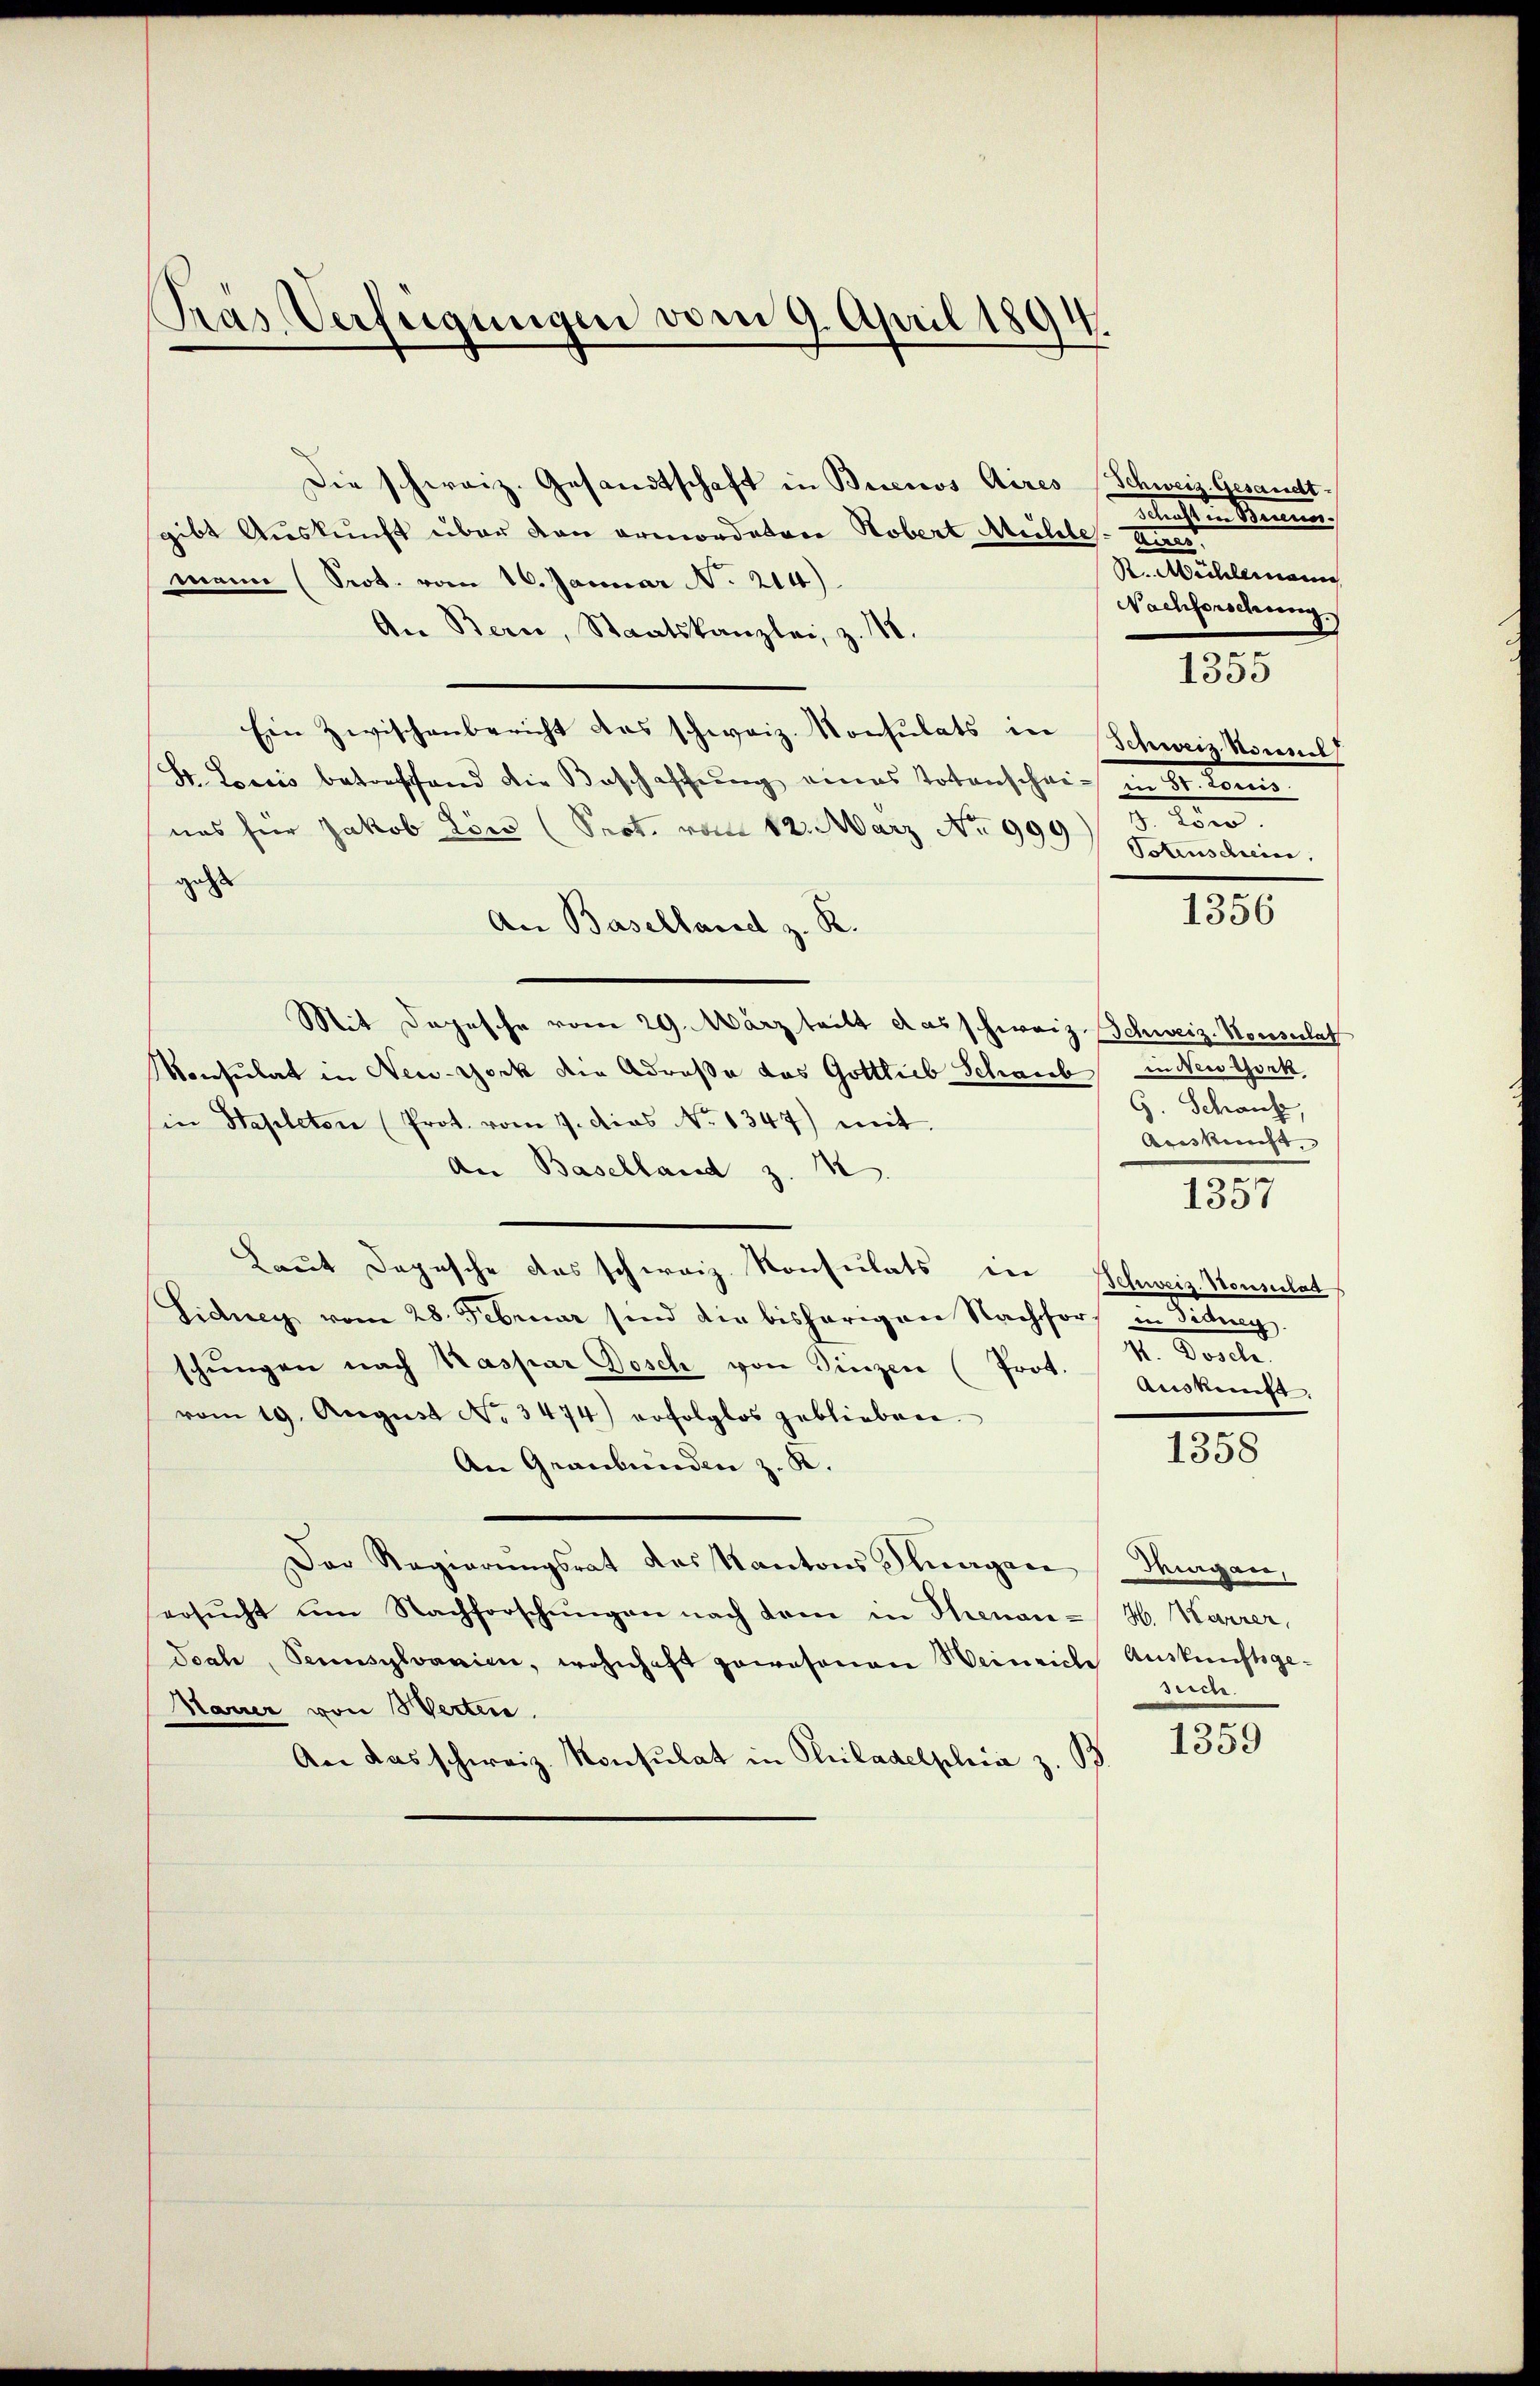
Pras Verfügungen vom 9. April 1894

Die schweiz. Gesandtschaft in Buenos Aires (Schweiz. Gesandt-
gibt Auskunft über von ermordatore Robert Mühle. Uner
mann (Prot. vom 16. Januar No. 214).
An Bern, Staatskanzlei, z. 18.
Ein Zwischenbericht das schweiz. Konsulats in Schweiz. Komel
Hr. Loris betreffend die Beschaffung eines Totenschein in St. Como
uas für Jakob Lör (Prot. vom 12. März No 999)
gelt
An Baselland z. R.
Mit Depesche vom 29. März teilt das schweiz Schweiz. Konsulat
Konsulat in New-York die Adresa das Gottlieb Schaub in Newtonk
G. Schause,
sin Napleton (Prot. vom 7. dies No 1347) mit
Areskunft,
An Baselland z. 12
x
1331
Laut Depesche das schweiz. Konsulats in Schweiz. Konsulat
Fidney vom 28. Februar sind die bisherigen Nachfors in Fidung
1. Vorle
schŭngen nach Kaspar Dosch von Sinzen (Prot.
Auskunft
vom 19. August No 3474) erfolglos geblieben.
1358
An Graubünden z. K.
Der Regierŭngsrat das Kantons Sagen Thurgau,
ersŭcht um Nachforschŭngen nach dem in Genan- H. Karrer,
doch, Sennsylvanien, wohnhaft gewesenen Weinriche Auskunftsge-
seiche.
Mauer von Werten.
3
1359
An das schweiz. Konsulat in Philadelphia z. B.

betrachten Kennen.
R. Michlemann
Nachforschung
.
1355
n
Potenschein.

1356